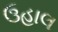
ઉહાલ